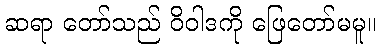
ဆရာ တော်သည် ဝိဝါဒကို ဖြေတော်မမူ။